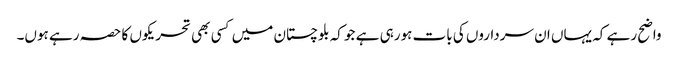
واضح رہے کہ یہاں ان سرداروں کی بات ہورہی ہے جو کہ بلوچستان میں کسی بھی تحریکوں کا حصہ رہے ہوں۔